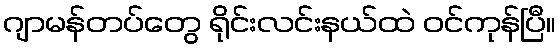
ဂျာမန်တပ်တွေ ရိုင်းလင်းနယ်ထဲ ဝင်ကုန်ပြီ။